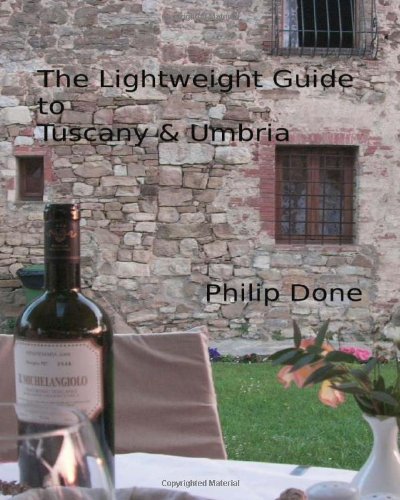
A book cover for The Lightweight Guide to Tuscany and Umbria; Philip Done; Travel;